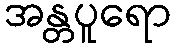
အန္တပူရော